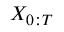
X _ { 0 : T }